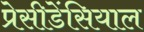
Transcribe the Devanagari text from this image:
प्रेसीडेंसियाल